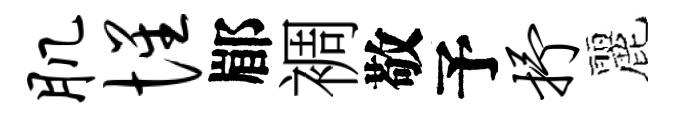
肌惺郿裯敬予抒麗